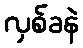
လှစ်ခနဲ